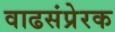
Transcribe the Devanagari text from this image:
वाढसंप्रेरक